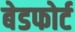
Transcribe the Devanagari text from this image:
बेडफोर्ट